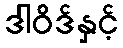
ဒါဝိဒ်နှင့်